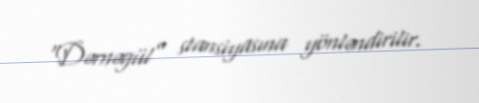
“Dərnəgül” stansiyasına yönləndirilir.